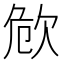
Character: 𣢪